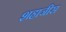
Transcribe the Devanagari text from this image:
शहाजीस